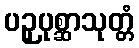
ပဉှပုစ္ဆာသုတ္တံ